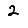
Digit: 2